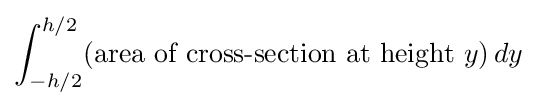
\int _{-h/2}^{h/2}({\text{area of cross-section at height }}y)\,dy